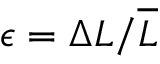
\epsilon = \Delta L / \overline { { L } }